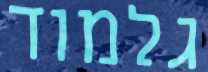
גלמוד